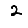
Digit: 2